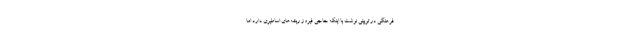
فرهنگی در توییتی نوشت با اینکه حاجی فیروز ریشه‌های اساطیری دارد اما